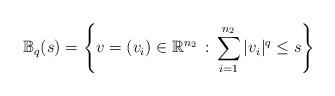
LaTeX: \begin{align*} \mathbb B_{q}(s)=\left \{v=(v_i)\in \mathbb R^{n_2}\,:\,\sum^{n_2}_{i=1}\vert v_i\vert^{q}\leq s\right \} \end{align*}